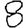
Digit: 8